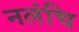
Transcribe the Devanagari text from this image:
नलंचि